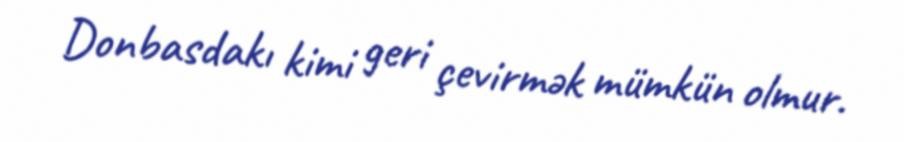
Donbasdakı kimi geri çevirmək mümkün olmur.